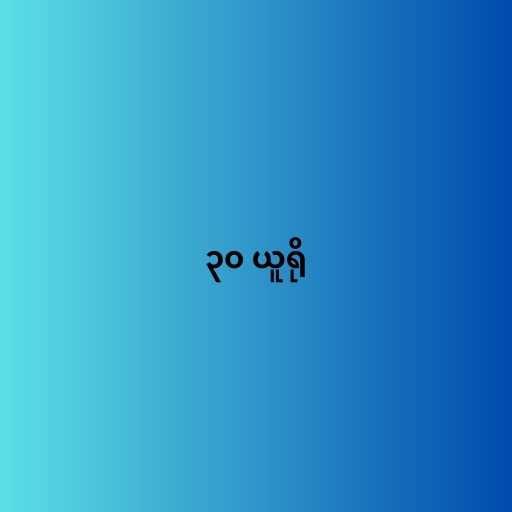
၃၀ ယူရို